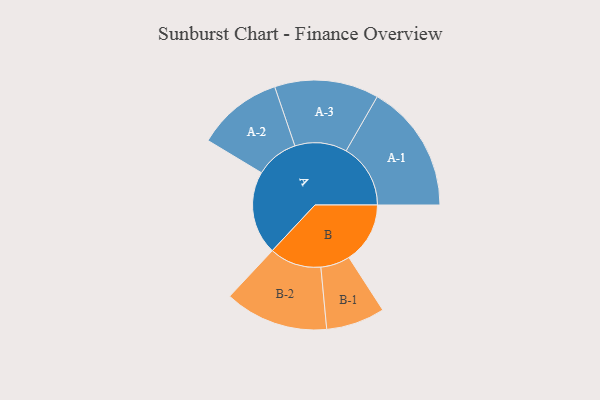
{"axis": {"x": "Segment", "y": "Value"}, "legend": ["", "A", "B"], "data": [{"x": "A", "y": 389, "type": ""}, {"x": "B", "y": 285, "type": ""}, {"x": "A-1", "y": 300, "type": "A"}, {"x": "A-2", "y": 200, "type": "A"}, {"x": "A-3", "y": 243, "type": "A"}, {"x": "B-1", "y": 137, "type": "B"}, {"x": "B-2", "y": 242, "type": "B"}]}